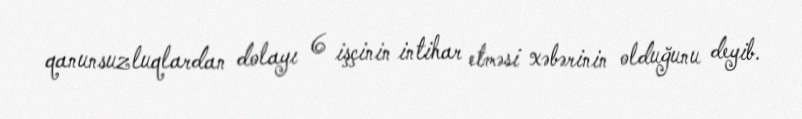
qanunsuzluqlardan dolayı 6 işçinin intihar etməsi xəbərinin olduğunu deyib.